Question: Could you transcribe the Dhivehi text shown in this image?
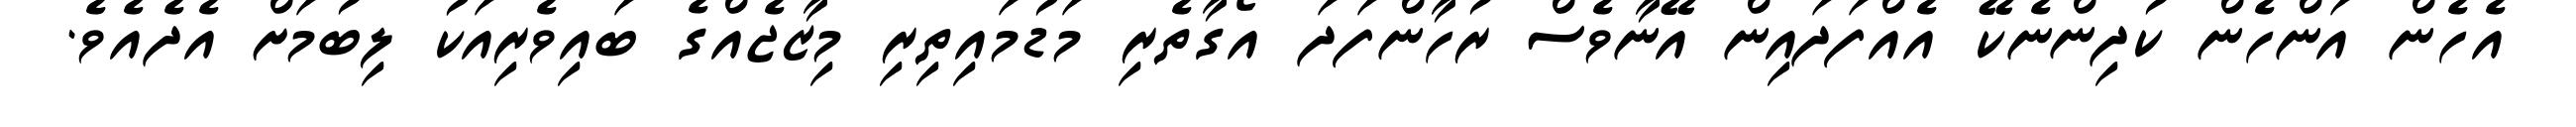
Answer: އެހެން އަންހެން ކުދިންނެކޭ އެއްފަދައިން އޭނާވެސް ރުހާންފަދަ އޯގާތެރި މަޑުމައިތިރި މިޒާޖެއްގެ ބައިވެރިއަކު ލިބުމަށް އެދެއެވެ.